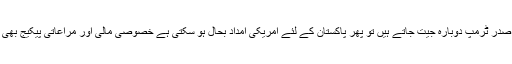
نومبر میں صدر ٹرمپ دوبارہ جیت جاتے ہیں تو پھر پاکستان کے لئے امریکی امداد بحال ہو سکتی ہے خصوصی مالی اور مراعاتی پیکیج بھی آ سکتا ہے۔